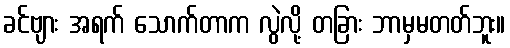
ခင်ဗျား အရက် သောက်တာက လွဲလို့ တခြား ဘာမှမတတ်ဘူး။